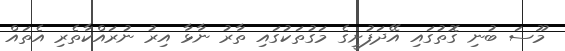
މޫސަ ބުނި ގޮތުގައި އޭދަފުށީގެ މަގުތަކުގައި ތާރު ނާޅާ އިރު ނުރައްކާތެރި އެތައް